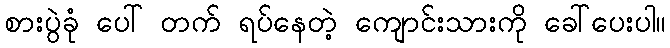
စားပွဲခုံ ပေါ် တက် ရပ်နေတဲ့ ကျောင်းသားကို ခေါ်ပေးပါ။